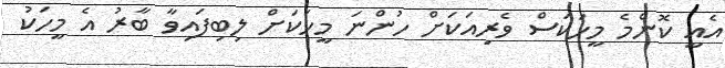
އެއީ ކޮންމެ މީހަކަސް ވެރިއަކަށް ހުންނަ މީހަކަށް ލިބިފައިވާ ބާރު އެ މީހަކު